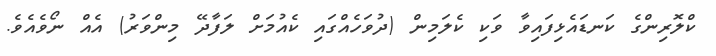
ކްލޮރިންގެ ކަނޑައެޅިފައިވާ ވަކި ކެލަމިން (ދުވަހެއްގައި ކެއުމަށް ލަފާދޭ މިންވަރު) އެއް ނޯވެއެވެ.